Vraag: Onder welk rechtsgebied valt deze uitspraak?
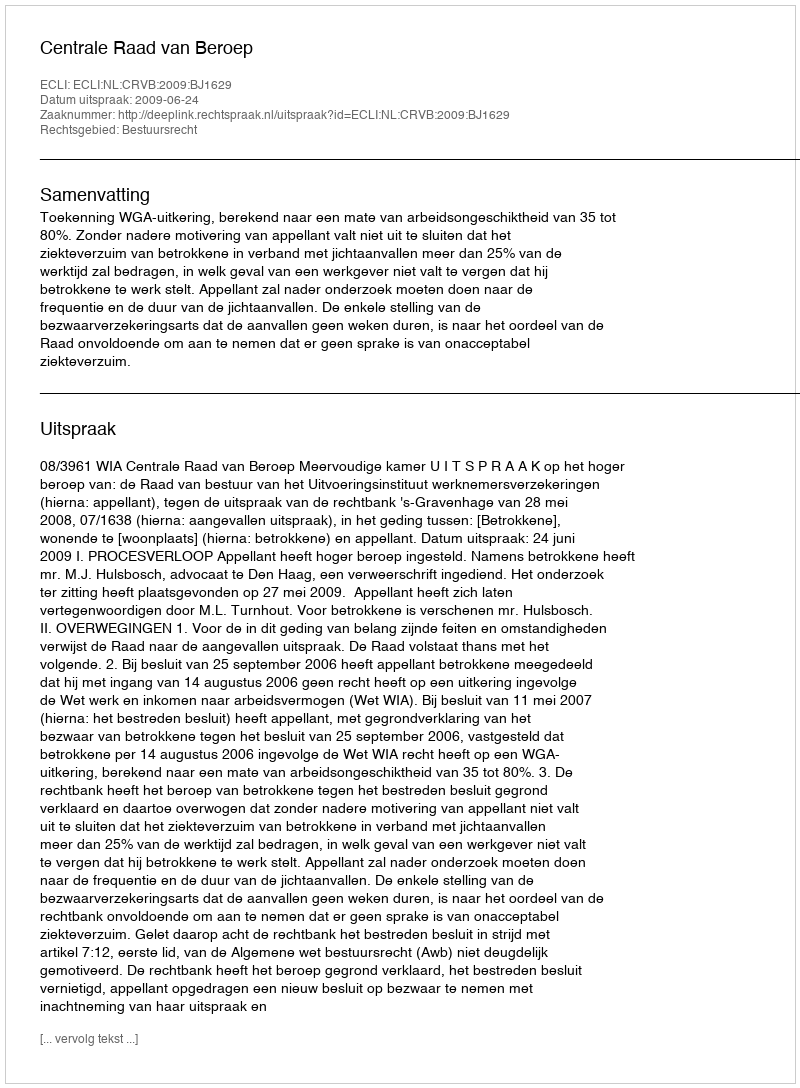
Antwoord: Bestuursrecht